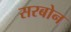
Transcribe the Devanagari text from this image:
सरबोन